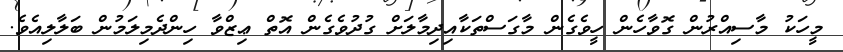
މީހަކު މާސިއްރުން ގޮވާހެން ހީވެގެން މާގަސްތަކާއިދިމާލަށް ގުދުވެގެން އޮތް ޢިޒްވާ ހިންދެމިލަމުން ބަލާލިއެވެ.